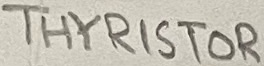
Text: THYRISTOR